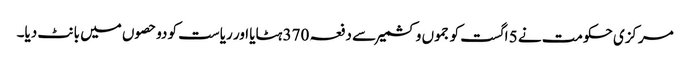
مرکزی حکومت نے 5 اگست کو جموں وکشمیر سے دفعہ 370 ہٹایا اور ریاست کو دوحصوں میں بانٹ دیا۔